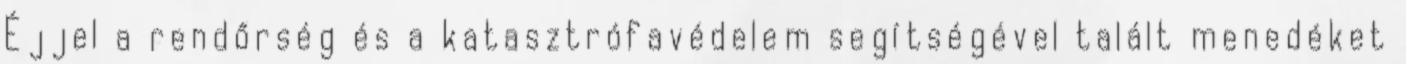
Éjjel a rendőrség és a katasztrófavédelem segítségével talált menedéket